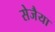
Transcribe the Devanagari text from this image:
सेजैया